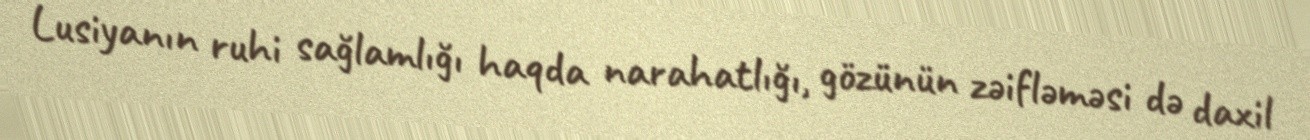
Lusiyanın ruhi sağlamlığı haqda narahatlığı, gözünün zəifləməsi də daxil